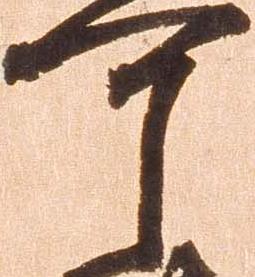
可